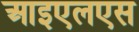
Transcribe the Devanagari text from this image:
आइएलएस